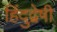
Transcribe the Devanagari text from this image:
हिंदुद्वेषी